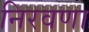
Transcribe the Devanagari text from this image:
निरवणा